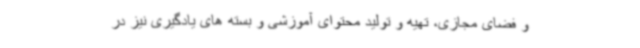
و فضای مجازی، تهیه و تولید محتوای آموزشی و بسته های یادگیری نیز در